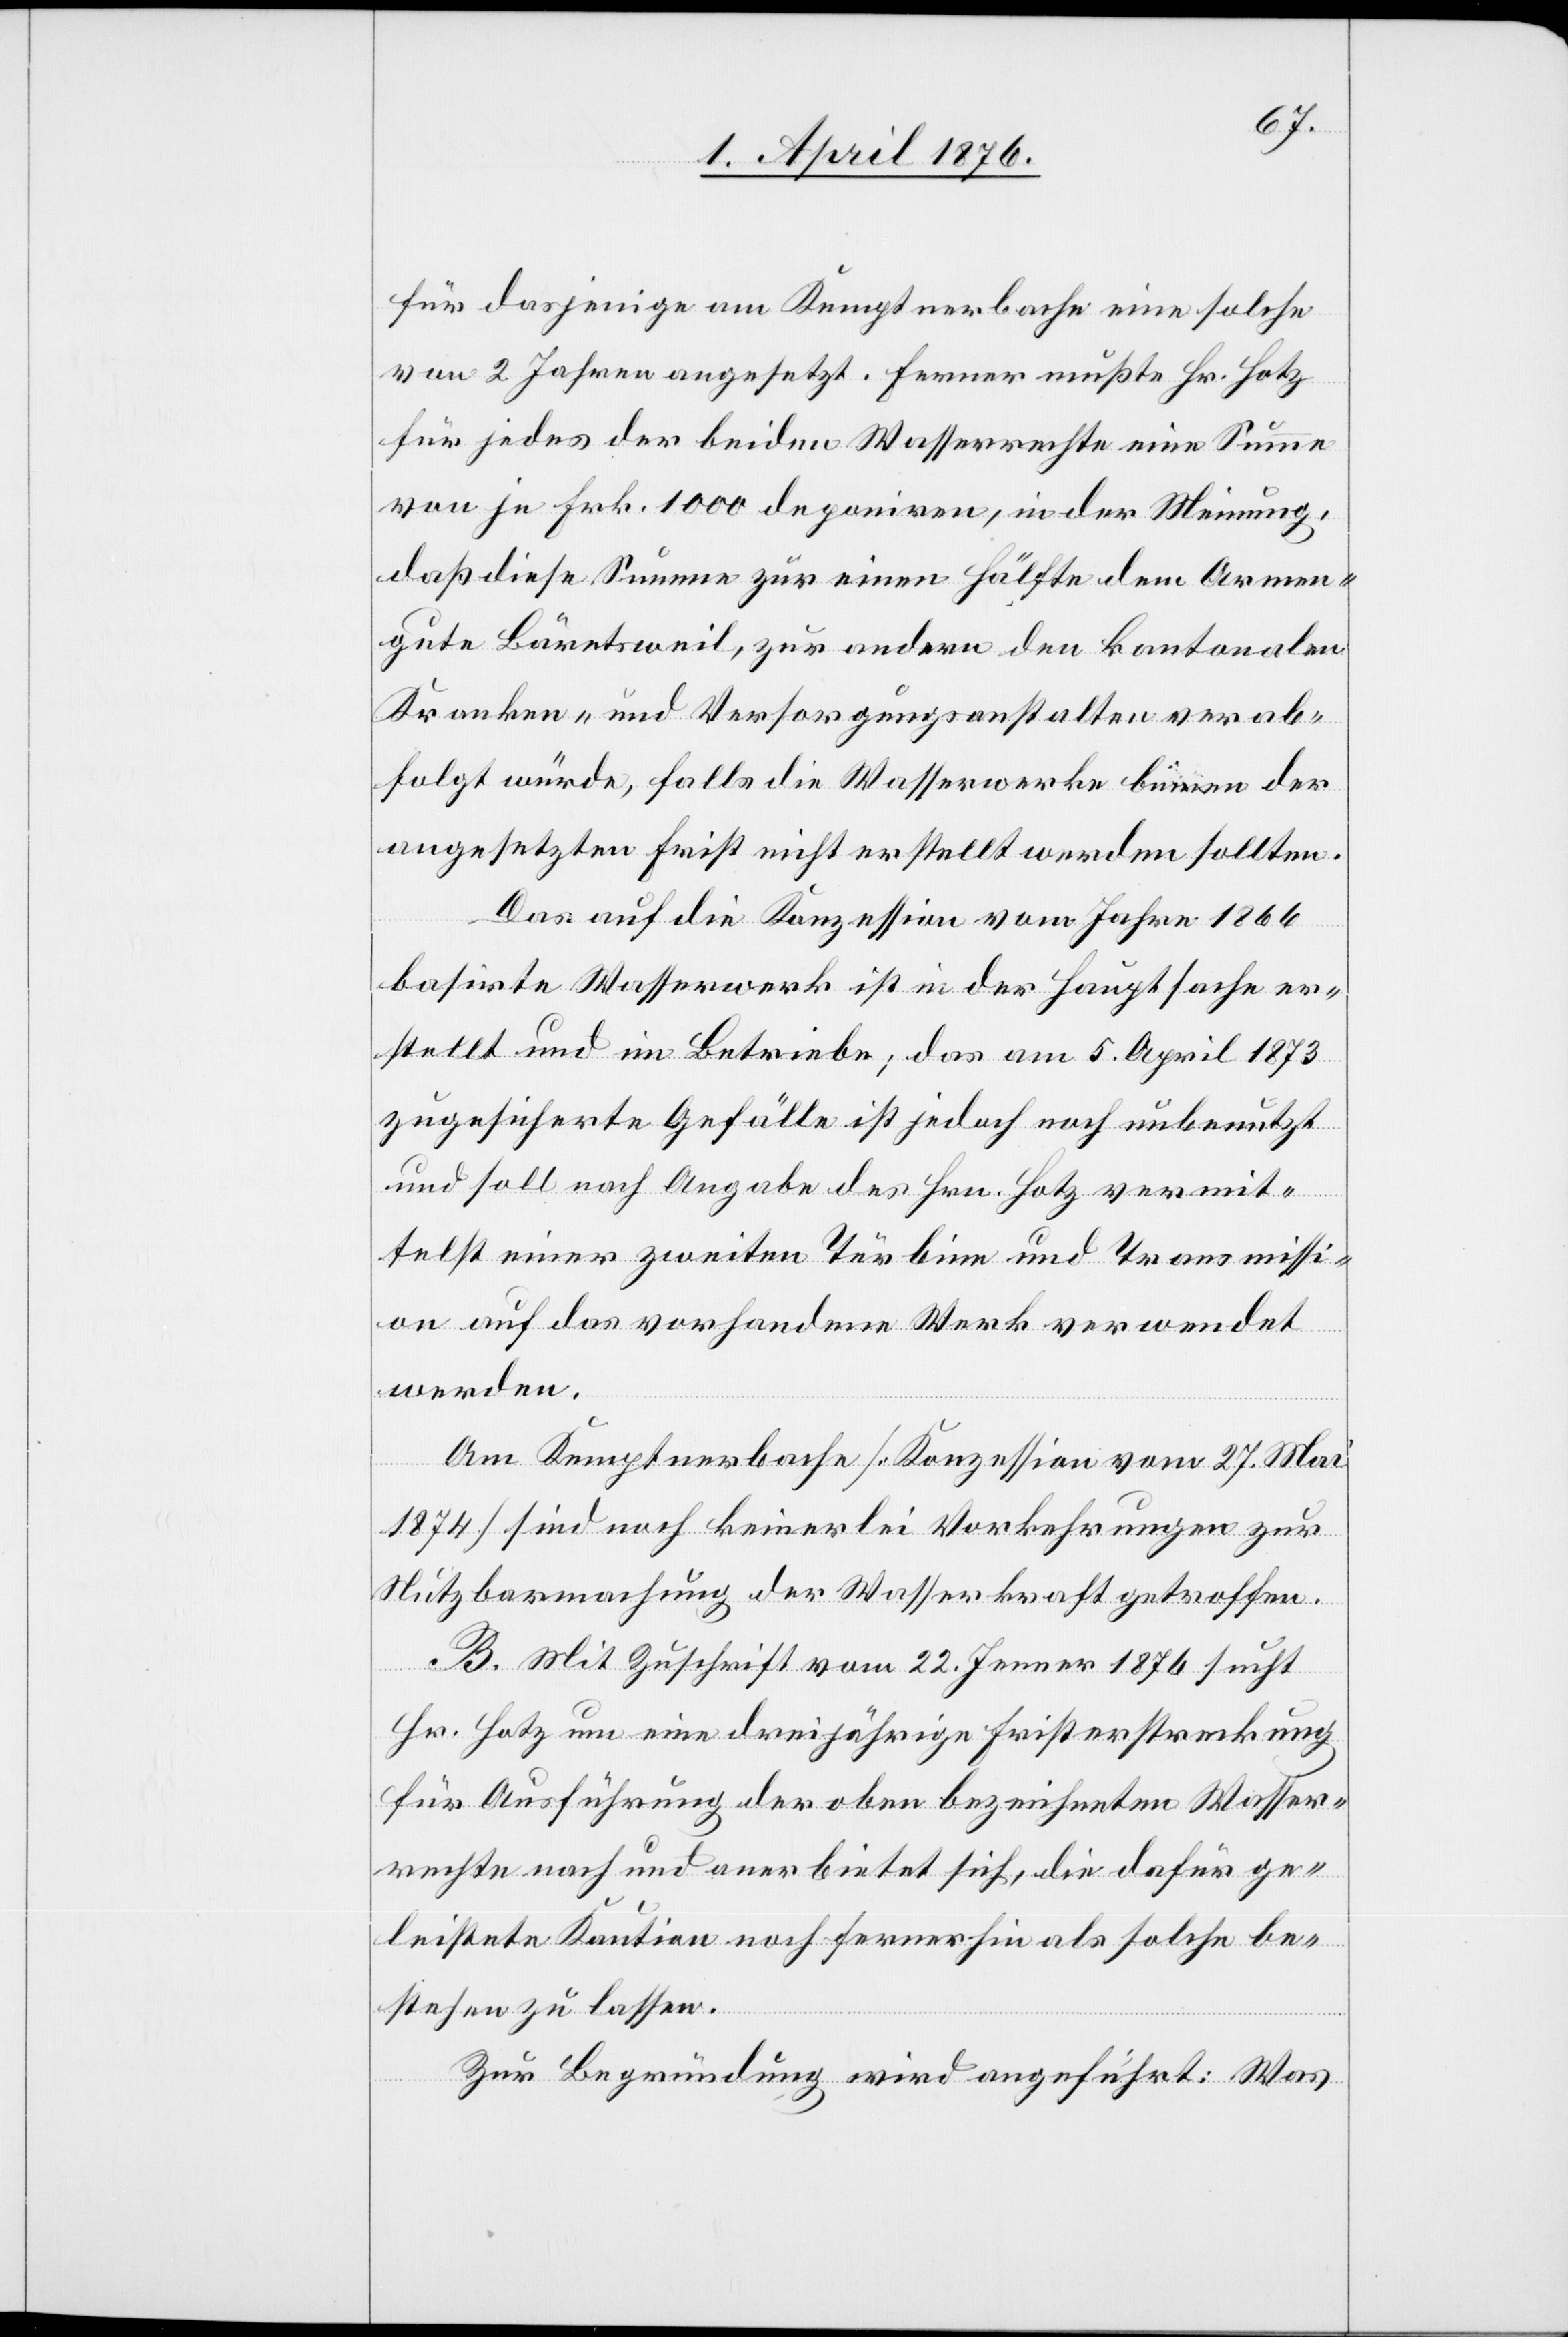
für dasjenige am Kemptnerbache eine solche
von 2 Jahren angesetzt. Ferner mußte Hr. Hotz
für jedes der beiden Wasserrechte eine Summe
von je Frk. 1000 deponiren, in der Meinung,
daß diese Summe zur einen Hälfte dem Armen¬
gute Bäretsweil, zur andern den kantonalen
Kranken- und Versorgungsanstalten verab¬
folgt würde, falls die Wasserwerke binnen der
angesetzten Frist nicht erstellt werden sollten.
Das auf die Konzession vom Jahre 1866
basirte Wasserwerk ist in der Hauptsache er¬
stellt und im Betriebe; das am 5. April 1873
zugesicherte Gefälle ist jedoch noch unbenutzt
und soll nach Angabe des Hrn. Hotz vermit¬
telst einer zweiten Türbine und Transmissi¬
on auf das vorhandene Werk verwendet
werden.
Am Kemptnerbache [Konzession vom 27. Mai
1874] sind noch keinerlei Vorkehrungen zur
Nutzbarmachung der Wasserkraft getroffen.
B. Mit Zuschrift vom 22. Jenner 1876 sucht
Hr. Hotz um eine dreijährige Fristerstreckung
für Ausführung der oben bezeichneten Wasser¬
rechte nach und anerbietet sich, die dafür ge¬
leistete Kaution noch fernerhin als solche be¬
stehen zu lassen.
Zur Begründung wird angeführt: Was